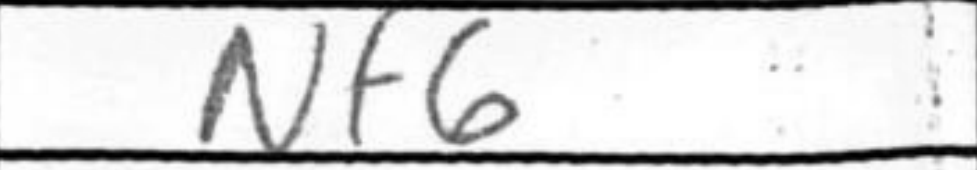
Transcription: Nf6